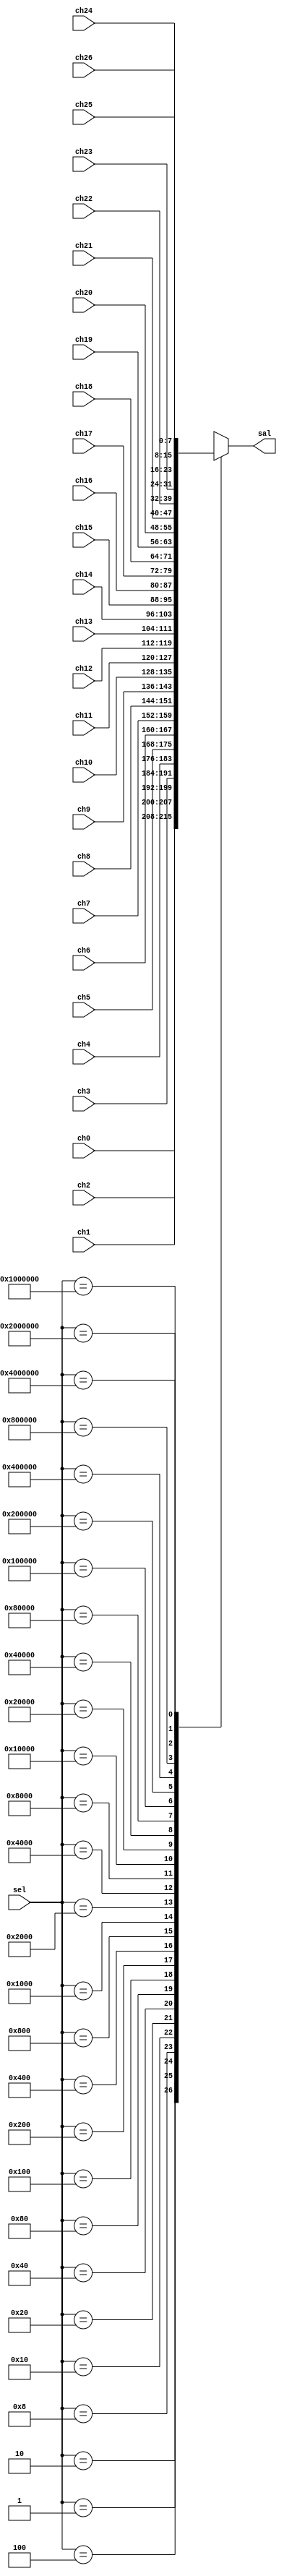
`timescale 1ns / 1ps
//////////////////////////////////////////////////////////////////////////////////
// Company: 
// Engineer: 
// 
// Design Name: 
// Module Name:    MUX_ESC 
// Project Name: 
// Target Devices: 
// Tool versions: 
// Description: 
//
// Dependencies: 
//
// Revision: 
// Revision 0.01 - File Created
// Additional Comments: 
//
//////////////////////////////////////////////////////////////////////////////////
module MUX_ESC(
	input wire [26:0] sel,
	input wire [7:0] ch0, ch1, ch2, ch3, ch4, ch5, ch6, ch7, ch8, ch9, ch10, ch11, ch12, ch13, ch14, ch15, ch16, ch17,
		ch18, ch19, ch20, ch21, ch22, ch23, ch24, ch25, ch26,
	output reg [7:0] sal
   );
	
	always @* begin
		case(sel)
			27'h0000001: sal = ch0;
			27'h0000002: sal = ch1;
			27'h0000004: sal = ch2;
			27'h0000008: sal = ch3;
			27'h0000010: sal = ch4;
			27'h0000020: sal = ch5;
			27'h0000040: sal = ch6;
			27'h0000080: sal = ch7;
			27'h0000100: sal = ch8;
			27'h0000200: sal = ch9;
			27'h0000400: sal = ch10;
			27'h0000800: sal = ch11;
			27'h0001000: sal = ch12;
			27'h0002000: sal = ch13;
			27'h0004000: sal = ch14;
			27'h0008000: sal = ch15;
			27'h0010000: sal = ch16;
			27'h0020000: sal = ch17;
			27'h0040000: sal = ch18;
			27'h0080000: sal = ch19;
			27'h0100000: sal = ch20;
			27'h0200000: sal = ch21;
			27'h0400000: sal = ch22;
			27'h0800000: sal = ch23;
			27'h1000000: sal = ch24;
			27'h2000000: sal = ch25;
			27'h4000000: sal = ch26;
			default: sal = 8'hxx;
		endcase 
	end


endmodule